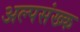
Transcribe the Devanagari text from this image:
अल्पसंख्क